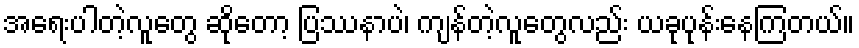
အရေးပါတဲ့လူတွေ ဆိုတော့ ပြဿနာပဲ၊ ကျန်တဲ့လူတွေလည်း ယခုပုန်းနေကြတယ်။